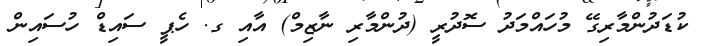
ކުޑަދުންމާރިގޭ މުހައްމަދު ސޮދުރީ (ދުންމާރި ނާޒިމް) އާއި ގ. ހެޕީ ސައިޑް ހުސައިން